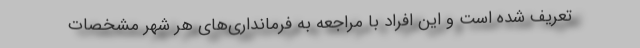
تعریف شده است و این افراد با مراجعه به فرمانداری‌های هر شهر مشخصات